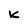
Character: K